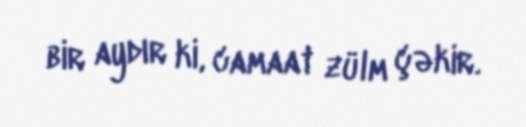
bir aydır ki, camaat zülm çəkir.